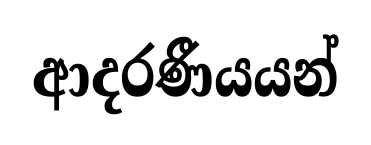
ආදරණීයයන්